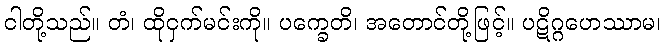
ငါတို့သည်။ တံ၊ ထိုငှက်မင်းကို။ ပက္ခေတိ၊ အတောင်တို့ဖြင့်။ ပဋိဂ္ဂဟေဿာမ၊